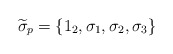
\begin{align*}\widetilde{\sigma }_{p}=\left\{ 1_{2},\sigma _{1},\sigma _{2},\sigma _{3}\right\}\end{align*}